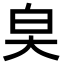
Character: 㚖